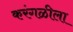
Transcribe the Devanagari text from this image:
करंगळीला